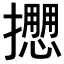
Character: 𢷝